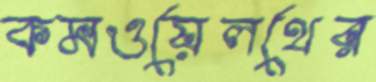
কমওয়েলথের